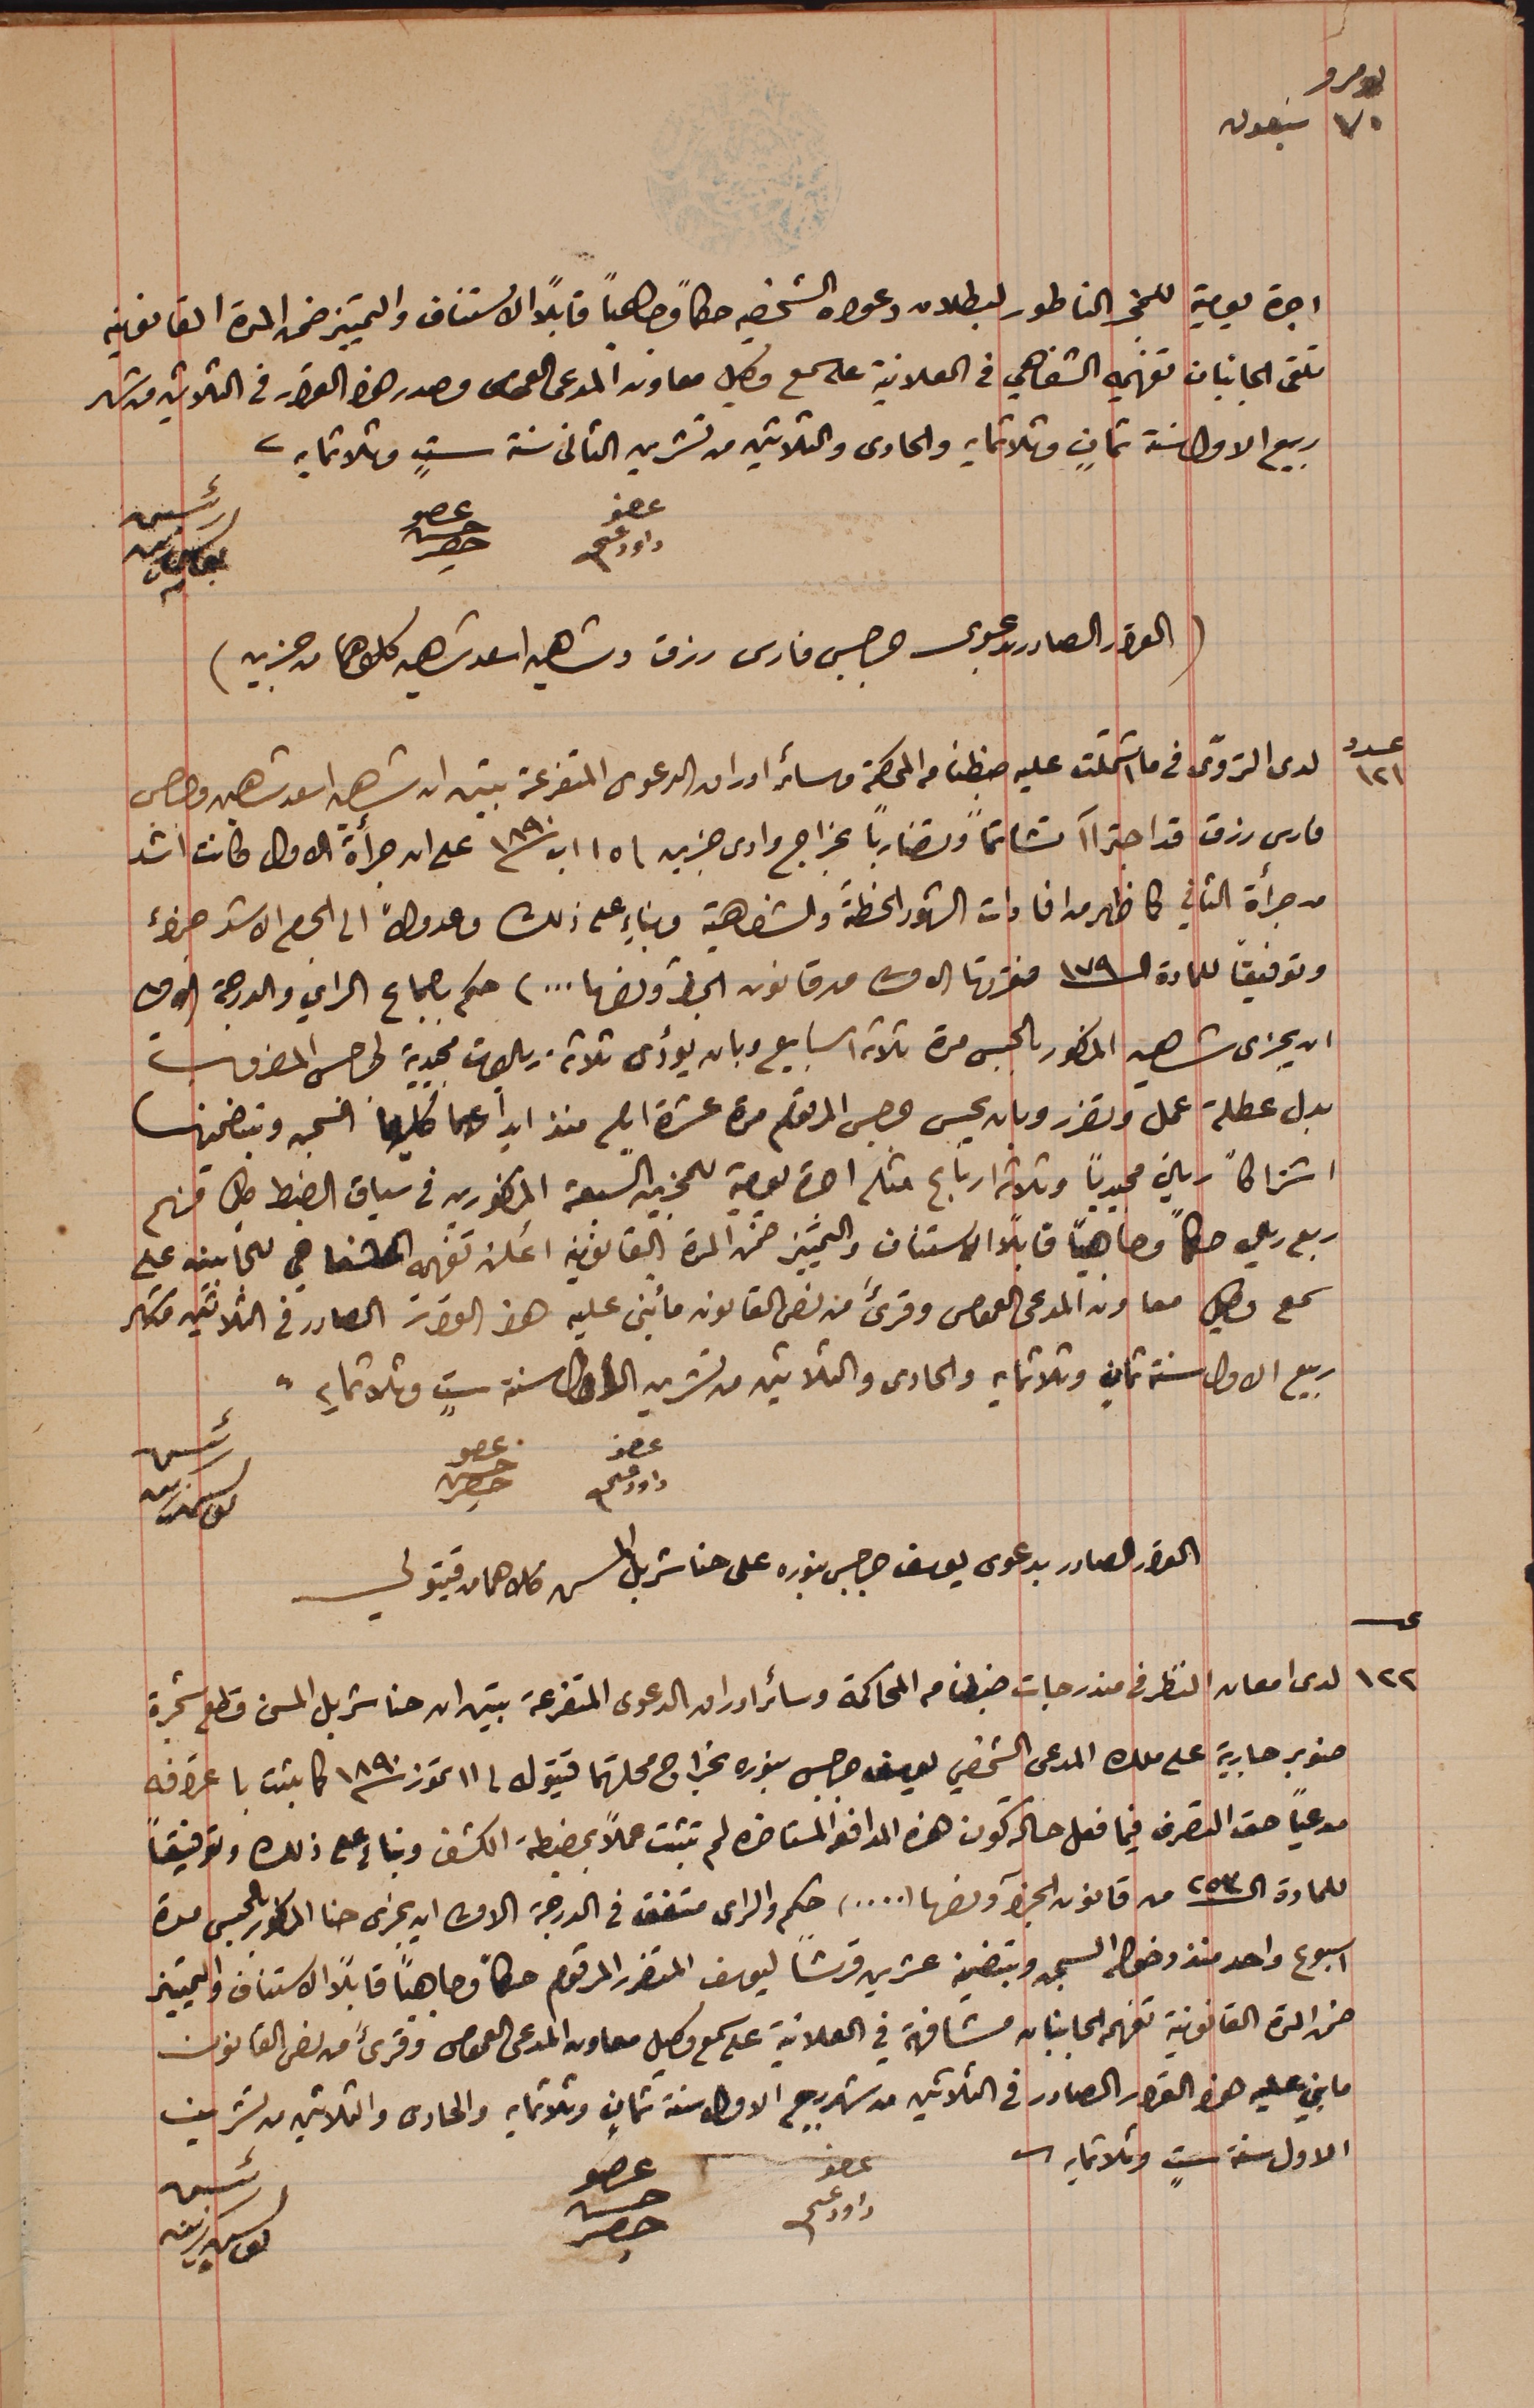
نومرو ٧٠ سبعون
اجرة يومية للمجز الناطور لبطلان دعواه الشخصيه حكماً وجاهياً قابلاً الاستناف والتمييز ضمن المدة القانونية
تلقى الجانبان تفهيمه الشفاهي فى العلانية على سمع وكيل معاونه المدعى العمومى مصدر هذا القرار فى الثلاثين من شهر
ربيع الاول سنة ثمانٍ وثلاثمايه والحادى والثلاثين من تشرين الثانى سنة ستٍ وثلاثمايه.
عضو داود عسى
(القرار الصادر بدعوى جرجس فارس رزق وشاهين اسعد شاهين كلاهما من جزين)
عدد ١٢١ لدى التروّى فى ما اشتملت عليه ضبطنا من المحكمة وسائر اوراق الدعوى المتفرعة تبين ان شاهين اسعد شاهين وجرجس
فارس رزق قد اجتراآ تشاتماً وتضارباً بخراج وادى جزين فى ١٥ اب سنة ١٨٩٠ على ان جرأة الاول كانت اشد
من جرأة الثاني كما ظهر من افادات الشهود الخطىّة والشفاهية وبناءٍ على ذلك وعدولاً الى الحكم الاشد جزاء
وتوفيقاُ للمادة الـ١٧٩ فقرتها الاولى من قانون الجزا ونصها ...) حكم باجماع الراي والدرجة الاولى
ان يجزى شاهين المذكور بالحبس مدة ثلاثة اسابيع وبان يؤدى ثلاثة ريالات مجيدية لجرجس المضروب
بدل عطلة عمل وتضرر وبان يحس جرجس المرقوم مدة عشرة ايام منذ ايداعهما كليهما السجن وبتضمينها
اشتراكاً ريالاً مجيدياً وثلاثة ارباع مثله اجرة يومية للمجزين السبعة المذكورين فى سياق الضبط كلٍ منهم
ربع ريال حكماً وجاهياً قابلاً الاستناف والتمييز ضمن المدة القانونية أعلن تفهيمه الشفاهي للجانبين على
سمع وكيل معاون المدعى العمومى وقرىءَ من نص القانون ما بُنى عليه هذا القرار الصادر فى الثلاثين من شهر
 ربيع الاول سنة ثمانٍ وثلاثمايه والحادى والثلاثين من تشرين الاول سنة ستٍ وثلاثمايه.
عضو داود عسى
رئيس يوسف زينه
القرار الصادر بدعوى يوسف جرجس بنوره على حنا شربل المسن كلاهما من قيتولي
عدد ١٢٢ لدى امعان النظر فى مندرجات ضبطنا من المحاكمة وسائر اوراق الدعوى المتفرعة تبين ان حنا شربل المسن قطع شجرة
صنوبر جارية على ملك المدعى الشخصي يوسف جرجس بنوره بخراج محلتهما قيتولى فى ١١ تموز سنة ١٨٩٠ كما ثبت باعترافه
مدعياً حق التصرف فيما فعل حالة كون هذه المدافع المستاخرة لم تثبت عملاً بمضبطة الكشف وبناءٍ على ذلك وتوفيقاً
للمادة الـ ٢٥٣ من قانون الجزآ ونصها (,,,,)  حكم والراى متفق فى الدرجة الاولى ان يجزى حنا المسطور بالحبس مدة
اسبوع واحد منذ دخوله السجن وبتضمينه عشرين قرشاً ليوسف المتضرر المرقوم حكماً وجاهياً قابلاً الاستناف والتمييز
ضمن المدة القانونية تفهم الجانبان مشافهة في العلانية على سمع وكيل معاون المدعى العمومى وقرىءَ من نص القانون
ما بني عليه هذه القرار الصادر فى الثلاثين من شهر ربيع الاول سنة ثمانٍ وثلاثمايه والحادى والثلاثين من تشرين
الاول سنة ستٍ وثلاثمايه.
رئيس يوسف زينه
عضو داود عسى
 عضو حسن حصِر
عضو حسن حصِر
رئيس يوسف زينه
عضو حسن حصِر